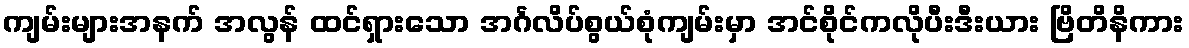
ကျမ်းများအနက် အလွန် ထင်ရှားသော အင်္ဂလိပ်စွယ်စုံကျမ်းမှာ အင်စိုင်ကလိုပီးဒီးယား ဗြိတိနိကား